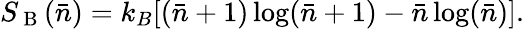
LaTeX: S_{\mathrm{~B~}}(\bar{n})=k_{B}[(\bar{n}+1)\log(\bar{n}+1)-\bar{n}\log(\bar{n})].